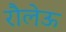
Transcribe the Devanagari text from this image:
रौलेऊ